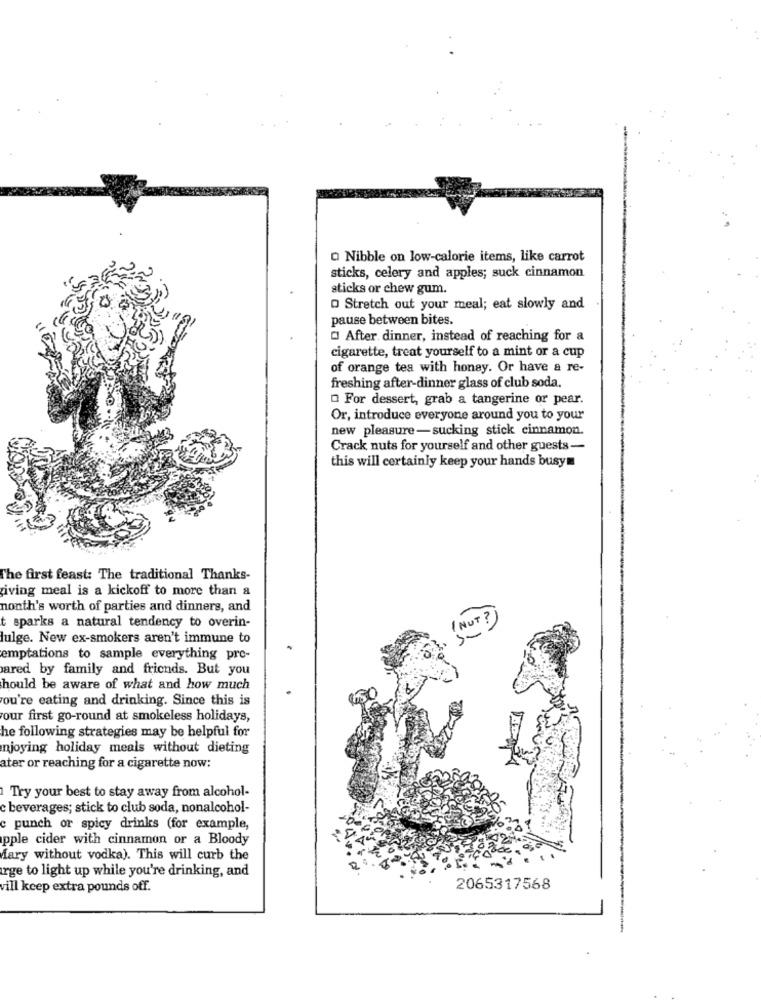
O Nibble on low-calorie items, like carrot
sticks, celery and apples; suck cinnamon
sticks or chew gum.
Stretch out your meal; eat slowly and
pause between bites.
CI After dinner, instead of reaching for a
cigarette, treat yourself to a mint or a cup
of orange tea with honey. Or have a re-
freshing after-dinner glass of club soda.
O For dessert, grab a tangerine or pear.
Or, introduce everyone around you to your
new pleasure-sucking stick cinnamon.
Crack nuts for yourself and other guests-
this will certainly keep your hands busym
The first feast: The traditional Thanks-
iving meal is a kickoff to more than a
nonth's worth of parties and dinners, and
NUT?
t sparks a natural tendency to overin-
lulge. New ex-smokers aren't immune to
emptations to sample everything pro-
ared by family and friends. But you
hould be aware of what and how much
ou're eating and drinking. Since this is
our first go-round at smokeless holidays,
he following strategies may be helpful for
njoying holiday meals without dieting
ater or reaching for a cigarette now:
Try your best to stay away from alcohol-
c beverages; stick to club soda, nonalcohol-
c punch or spicy drinks (for example,
apple cider with cinnamon or a Bloody
Mary without vodka). This will curb the
urge to light up while you're drinking, and
vill keep extra pounds off.
2065317568